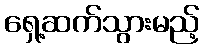
ရှေ့ဆက်သွားမည့်